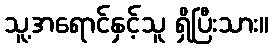
သူ့အရောင်နှင့်သူ ရှိပြီးသား။